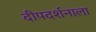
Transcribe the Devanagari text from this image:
दीपदर्शनाला